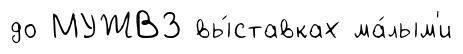
до МУЖВЗ вы́ставках ма́лым'и